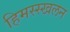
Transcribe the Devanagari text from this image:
हिमस्स्खलन